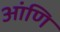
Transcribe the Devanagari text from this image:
आंणि